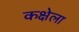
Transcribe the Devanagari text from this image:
कक्षेला